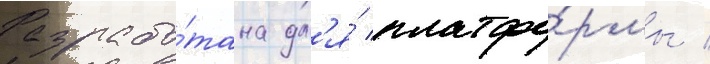
Разрабо́тана дл'я́ платфо́рмы /